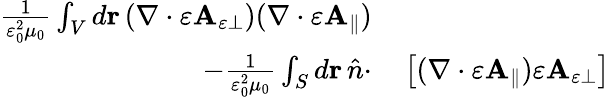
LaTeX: \begin{array}{rl}{\frac{1}{\varepsilon_{0}^{2}\mu_{0}}\int_{V}d\mathbf{r}\, (\nabla\cdot\varepsilon\mathbf{A}_{\varepsilon\perp})(\nabla\cdot\varepsilon\mathbf{A}_{\parallel})}&{{}}\\ {-\frac{1}{\varepsilon_{0}^{2}\mu_{0}}\int_{S}d\mathbf{r}\, \hat{n}\cdot}&{{}\left[(\nabla\cdot\varepsilon\mathbf{A}_{\parallel})\varepsilon\mathbf{A}_{\varepsilon\perp}\right]}\end{array}